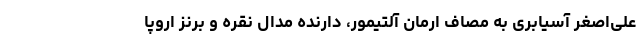
علی‌اصغر آسیابری به مصاف ارمان آلتیمور، دارنده مدال نقره و برنز اروپا